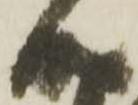
成